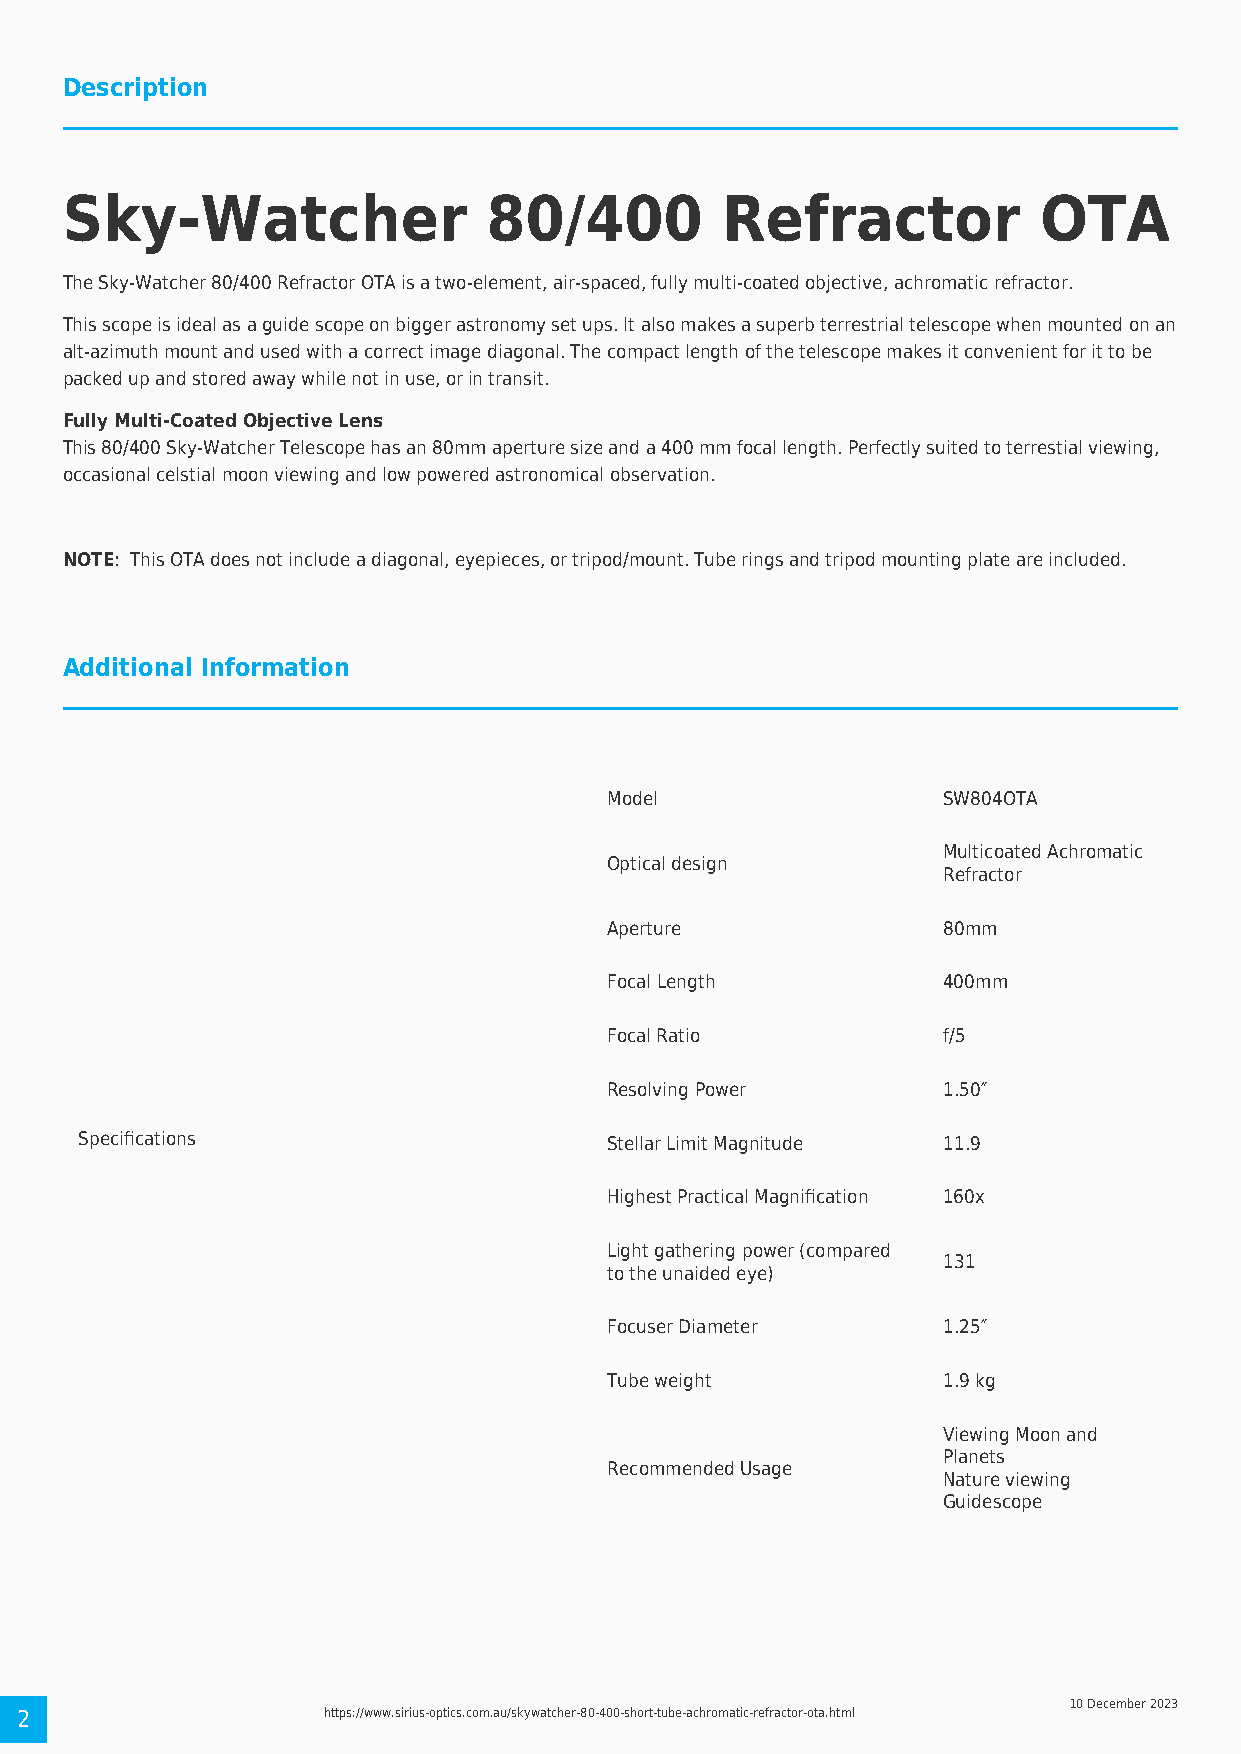
Description
 Sky-Watcher                 80/400          Refractor            OTA
 The Sky-Watcher 80/400 Refractor OTA is a two-element, air-spaced, fully multi-coated objective, achromatic refractor.
 This scope is ideal as a guide scope on bigger astronomy set ups. It also makes a superb terrestrial telescope when mounted on an
 alt-azimuth mount and used with a correct image diagonal. The compact length of the telescope makes it convenient for it to be
 packed up and stored away while not in use, or in transit.
 Fully Multi-Coated Objective Lens
 This 80/400 Sky-Watcher Telescope has an 80mm aperture size and a 400 mm focal length. Perfectly suited to terrestial viewing,
 occasional celstial moon viewing and low powered astronomical observation.
 NOTE: This OTA does not include a diagonal, eyepieces, or tripod/mount. Tube rings and tripod mounting plate are included.
 Additional Information
 Model                 SW804OTA
 Multicoated Achromatic
 Optical design
 Refractor
 Aperture              80mm
 Focal Length          400mm
 Focal Ratio           f/5
 Resolving Power       1.50″
 Specifications                     Stellar Limit Magnitude 11.9
 Highest Practical Magnification 160x
 Light gathering power (compared
 131
 to the unaided eye)
 Focuser Diameter      1.25″
 Tube weight           1.9 kg
 Viewing Moon and
 Planets
 Recommended Usage
 Nature viewing
 Guidescope
 10 December 2023
 2                   https://www.sirius-optics.com.au/skywatcher-80-400-short-tube-achromatic-refractor-ota.html